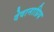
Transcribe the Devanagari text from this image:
देवानाप्रिय